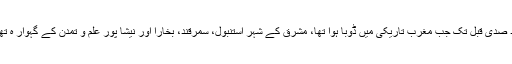
چند صدی قبل تک جب مغرب تاریکی میں ڈوبا ہوا تھا، مشرق کے شہر استنبول، سمرقند، بخارا اور نیشا پور علم و تمدن کے گہوار ہ تھے۔